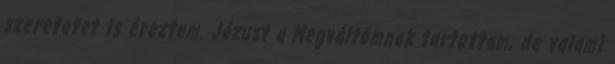
szeretetet is éreztem. Jézust a Megváltómnak tartottam, de valami